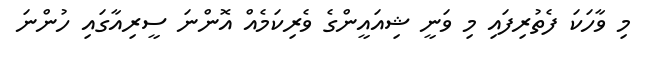
މި ވާހަކަ ފެތުރިފައި މި ވަނީ ޝިއައީންގެ ވެރިކަމެއް އޮންނަ ސީރިއާގައި ހުންނަ